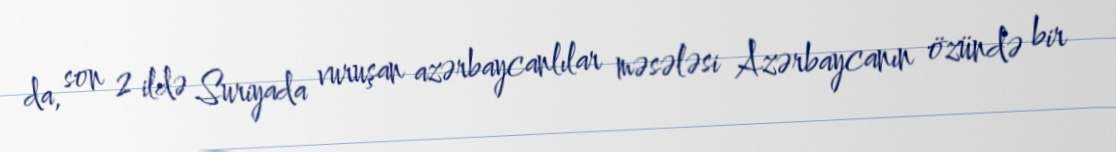
da, son 2 ildə Suriyada vuruşan azərbaycanlılar məsələsi Azərbaycanın özündə bir